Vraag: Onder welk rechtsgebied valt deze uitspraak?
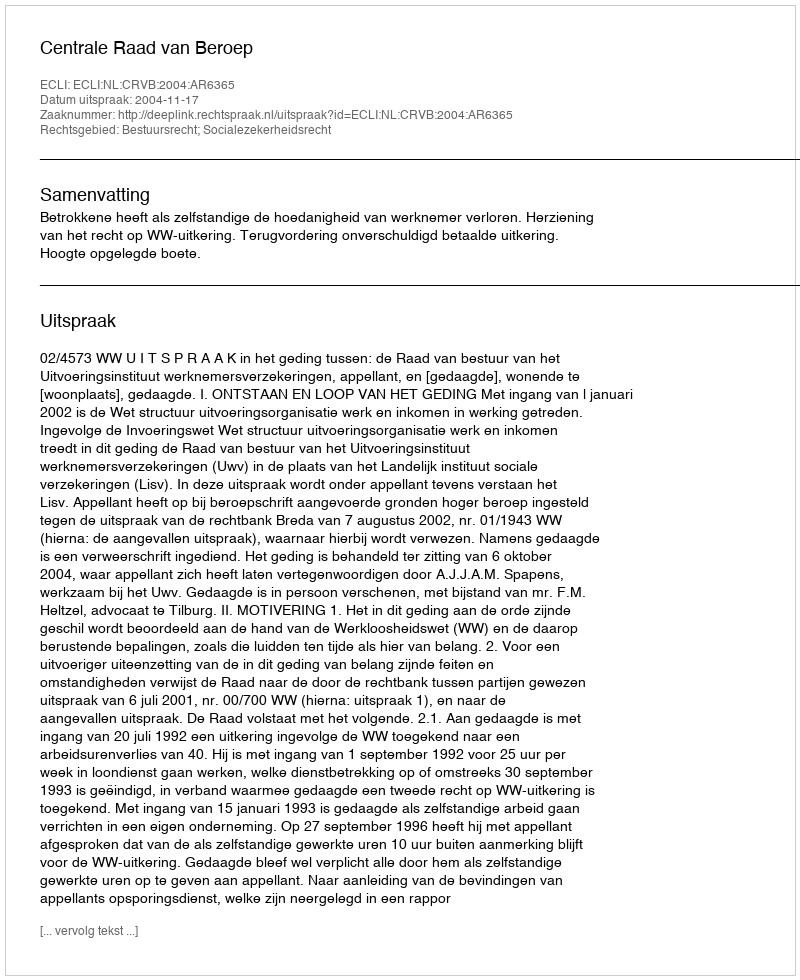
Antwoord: Bestuursrecht; Socialezekerheidsrecht